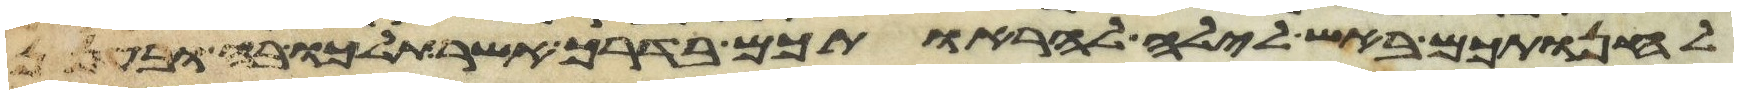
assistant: להחנותכם באש לילה להראותכם בדרך אשר תלכו בה ובענן